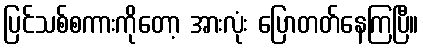
ပြင်သစ်စကားကိုတော့ အားလုံး ပြောတတ်နေကြပြီ။